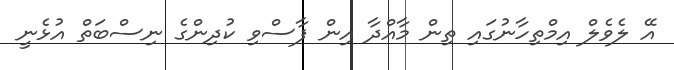
އޭ ލެވެލް އިމްތިހާނުގައި ތިން މާއްދާ އިން ފާސްވި ކުދިންގެ ނިސްބަތް އުޅެނީ